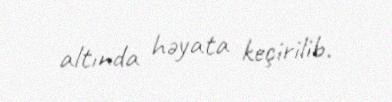
altında həyata keçirilib.